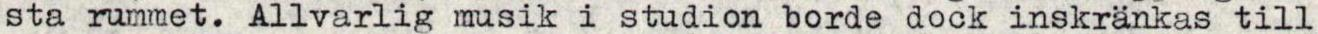
sta rummet. Allvarlig musik i studion borde dock inskränkas till